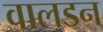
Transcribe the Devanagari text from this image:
वालडन